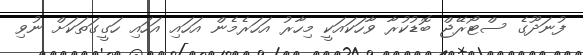
ފުނަދޫގެ ސްޓޯރޭޖް ބޮޑުކުރާ ވާހަކައަކީ މިހާރު އަހަރެމެން އަހައި އަހައި ހަގީގަތަކަށް ނުވި